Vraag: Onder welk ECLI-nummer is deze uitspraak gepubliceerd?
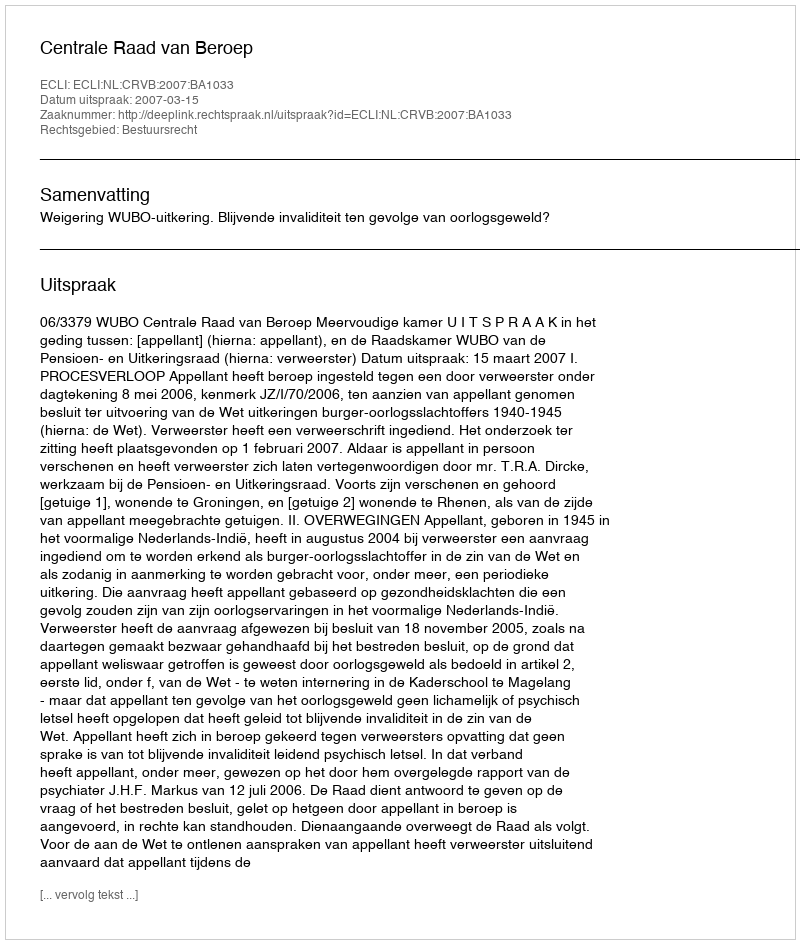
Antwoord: ECLI:NL:CRVB:2007:BA1033